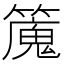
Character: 𥴯